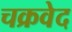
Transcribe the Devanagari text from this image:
चक्रवेद